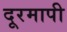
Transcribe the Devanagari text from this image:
दूरमापी